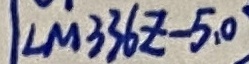
Text: LM336Z-5,0